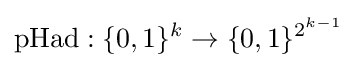
{\text{pHad}}:\{0,1\}^{k}\to \{0,1\}^{2^{k-1}}